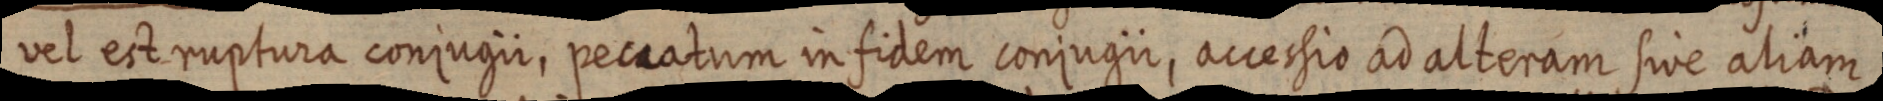
vel est ruptura conjugii, peccatum infidem conjugii, accessio ad alteram sive aliam